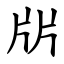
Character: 㸞